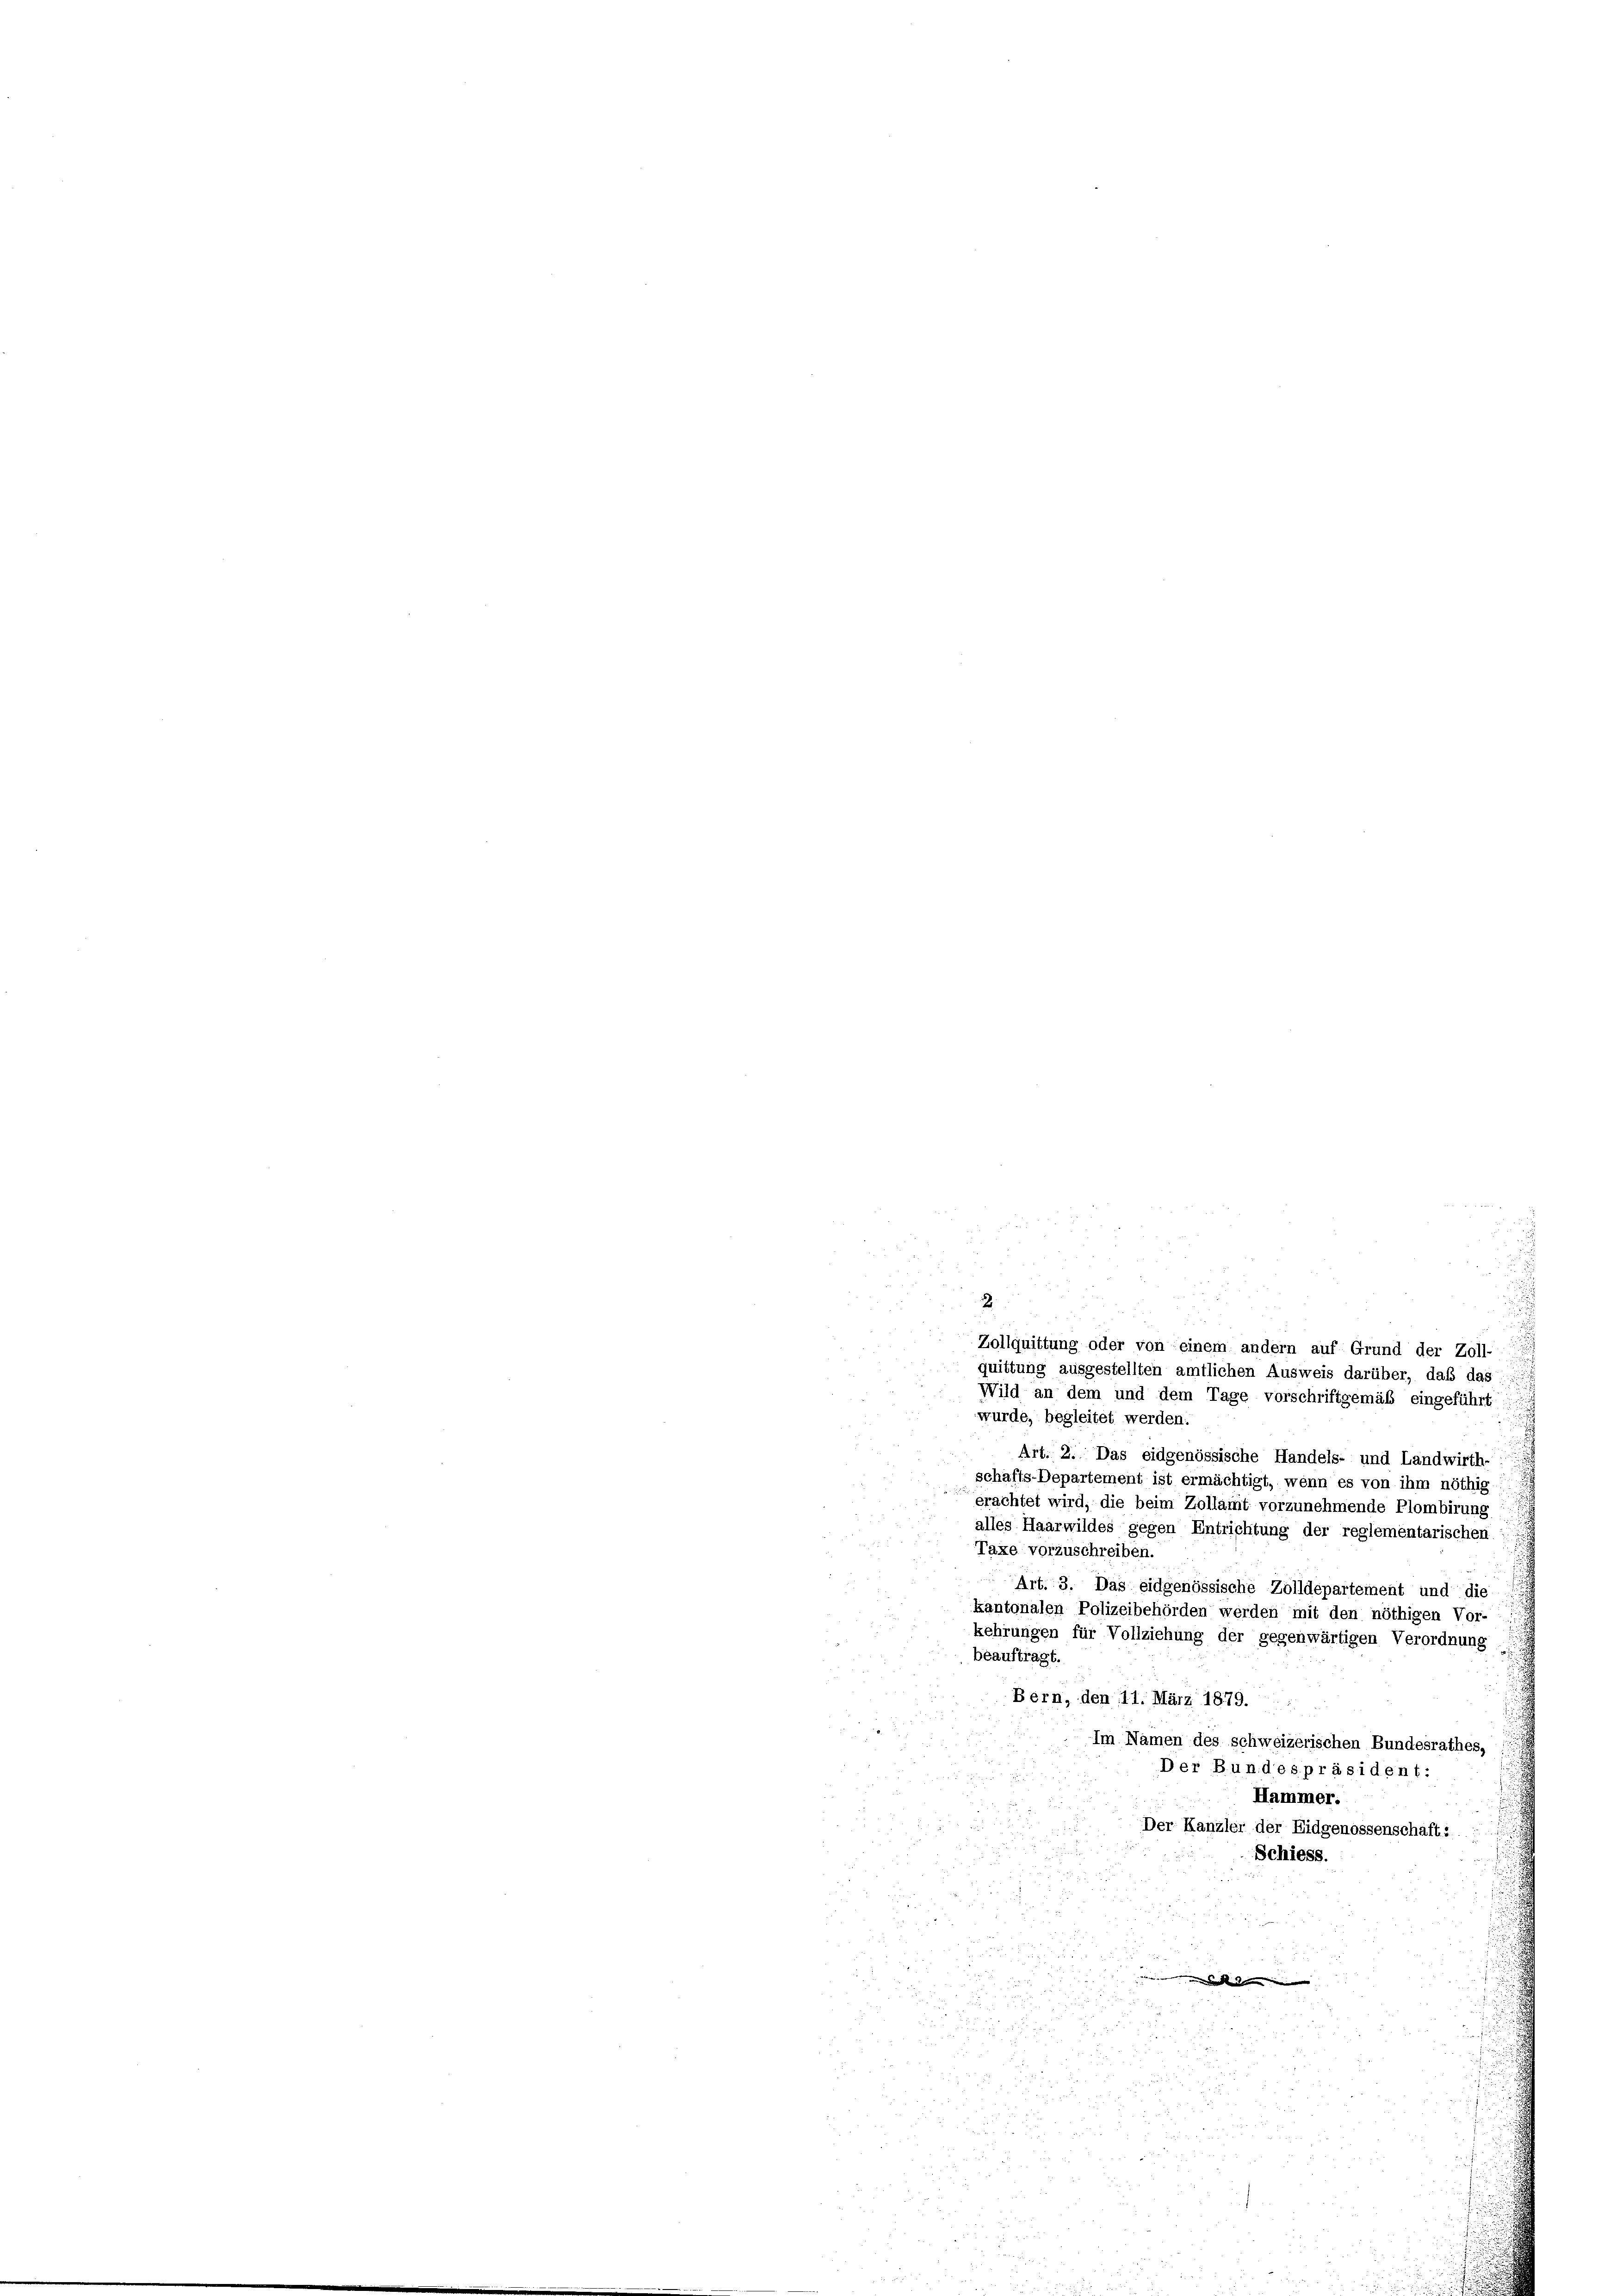
2

2
2
e
Zollquittung oder von einem andern auf Grund der Zoll-
quittung ausgestellten amtlichen Ausweis darüber, daß das
Wild an dem und dem Tage vorschriftgemäß eingeführt
wurde, begleitet werden.
Art. 2. Das eidgenössische Handels- und Landwirth-
schafts-Departement ist ermächtigt, wenn es von ihm nöthig
erachtet wird, die beim Zollamt vorzunehmende Plombirung
alles Haarwildes gegen Entrichtung der reglementarischen
Taxe vorzuschreiben.
Art. 3. Das eidgenössische Zolldepartement und die
kantonalen Polizeibehörden werden mit den nöthigen Vor-
kehrungen für Vollziehung der gegenwärtigen Verordnung
beauftragt.
Bern, den 11. März 1879.
Im Namen des schweizerischen Bundesrathes,
Der Bundespräsident:
Hammer.

Der Kanzler der Eidgenossenschaft.. ..  .
Schiess.
i
e
.
e
a

n

p
i
.
d
55 Fr. 125.
u
d         25
e